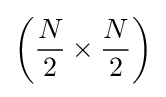
\left({\frac {N}{2}}\times {\frac {N}{2}}\right)